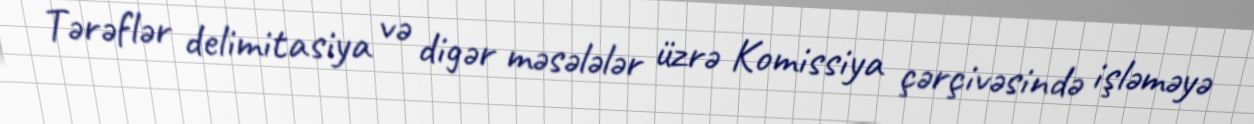
Tərəflər delimitasiya və digər məsələlər üzrə Komissiya çərçivəsində işləməyə